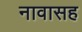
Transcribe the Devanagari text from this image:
नावासह